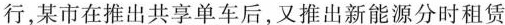
行，某市在推出共享单车后，又推出新能源分时租赁